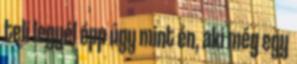
teli legyél épp úgy mint én, aki még egy